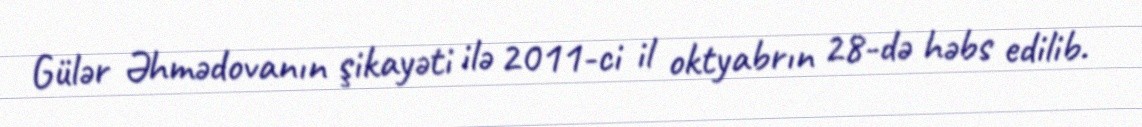
Gülər Əhmədovanın şikayəti ilə 2011-ci il oktyabrın 28-də həbs edilib.